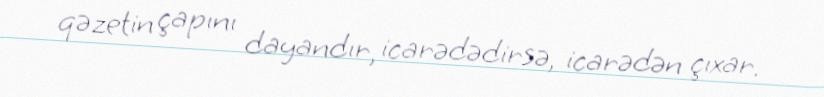
qəzetin çapını dayandır, icarədədirsə, icarədən çıxar.